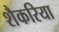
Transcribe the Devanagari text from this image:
शैकरिया